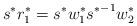
LaTeX: \begin{align*}s^* r^*_1=s^* w^*_1 {s^*}^{-1} w^*_2\end{align*}